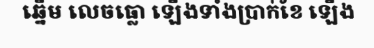
ឆ្នើម លេចធ្លោ ឡើងទាំងប្រាក់ខែ ឡើង